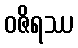
ဝဇိရဿ